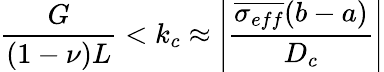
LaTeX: \frac{G}{(1-\nu)L}<k_{c}\approx\left|\frac{\overline{{\sigma_{eff}}}(b-a)}{D_{c}}\right|